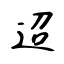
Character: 迢